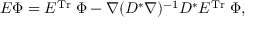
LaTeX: E \Phi = E ^ { \mathrm { T r } } \; \Phi - \nabla ( D ^ { * } \nabla ) ^ { - 1 } D ^ { * } E ^ { \mathrm { T r } } \; \Phi ,